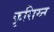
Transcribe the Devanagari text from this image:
कृसिय्न